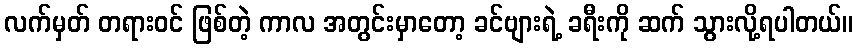
လက်မှတ် တရားဝင် ဖြစ်တဲ့ ကာလ အတွင်းမှာတော့ ခင်ဗျားရဲ့ ခရီးကို ဆက် သွားလို့ရပါတယ်။